Vaccination in the Punjab 1897-1904 - 1897-1904
Year: 1897
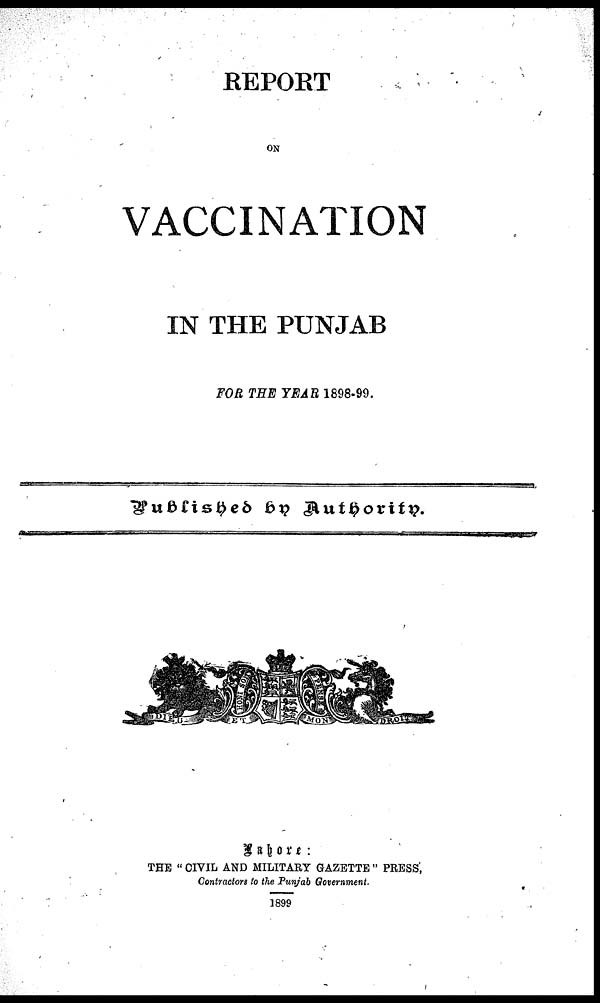
REPORT
ON
VACCINATION
IN THE PUNJAB
FOR THE YEAR 1898-99.
Published by Authority.
Lahore :
THE " CIVIL AND MILITARY GAZETTE " PRESS,
Contractors to the Punjab Government.
1899